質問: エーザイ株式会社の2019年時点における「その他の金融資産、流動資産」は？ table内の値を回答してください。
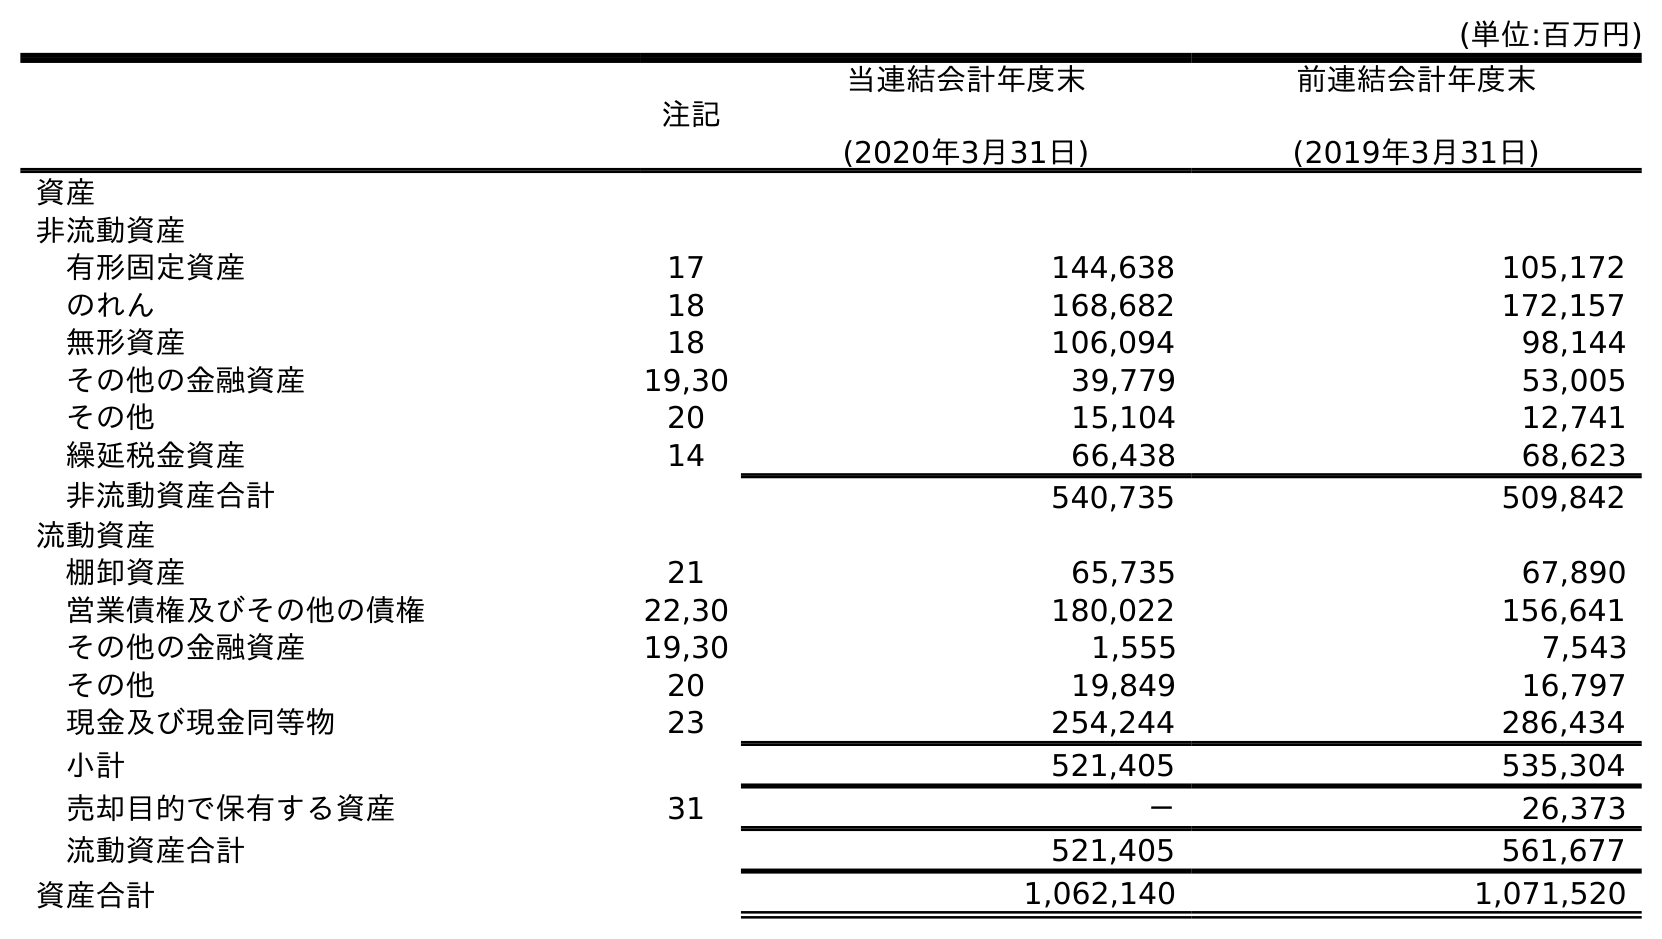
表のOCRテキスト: (単位:百万円) 注記 当連結会計年度末 (2020年3月31日) 前連結会計年度末 (2019年3月31日) 資産 非流動資産 有形固定資産 17 144,638 105,172 のれん 18 168,682 172,157 無形資産 18 106,094 98,144 その他の金融資産 19,30 39,779 53,005 その他 20 15,104 12,741 繰延税金資産 14 66,438 68,623 非流動資産合計 540,735 509,842 流動資産 棚卸資産 21 65,735 67,890 営業債権及びその他の債権 22,30 180,022 156,641 その他の金融資産 19,30 1,555 7,543 その他 20 19,849 16,797 現金及び現金同等物 23 254,244 286,434 小計 521,405 535,304 売却目的で保有する資産 31 － 26,373 流動資産合計 521,405 561,677 資産合計 1,062,140 1,071,520
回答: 7,543